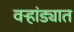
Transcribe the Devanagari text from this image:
वऱ्हांड्यात